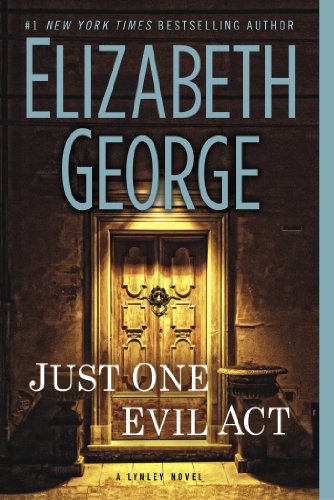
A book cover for Just One Evil Act: A Lynley Novel; Elizabeth George; Mystery, Thriller & Suspense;